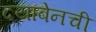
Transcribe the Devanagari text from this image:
दयाबेनची